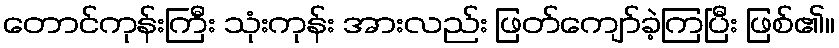
တောင်ကုန်းကြီး သုံးကုန်း အားလည်း ဖြတ်ကျော်ခဲ့ကြပြီး ဖြစ်၏။